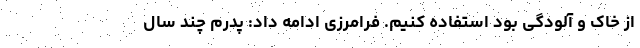
از خاک و آلودگی بود استفاده کنیم. فرامرزی ادامه داد: پدرم چند سال